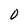
Character: O